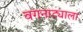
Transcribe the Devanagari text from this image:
वगनाट्याला